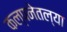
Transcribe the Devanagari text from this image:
कल्पनेतल्या